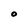
Character: O